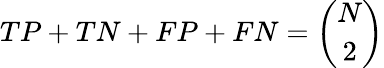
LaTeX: TP+TN+FP+FN={\binom{N}{2}}